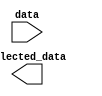
module part_select_assignment #(parameter N = 16, // Size of the input data vector
                                parameter M = 7,  // Starting bit position for selection
                                parameter P = 8,  // Size of the output selected data
                                parameter N = 0)  // Ending bit position for selection
(
    input  [N-1:0] data,            // Input signal
    output [P-1:0] selected_data     // Output signal for selected bits
);

// Continuous assignment for part select
assign selected_data = data[M:N]; // Assign selected bits from data to selected_data

endmodule